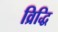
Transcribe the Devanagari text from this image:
व्रिद्धि